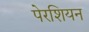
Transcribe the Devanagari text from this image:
पेरशियन